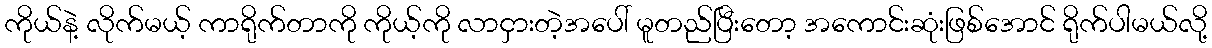
ကိုယ်နဲ့ လိုက်မယ့် ကာရိုက်တာကို ကိုယ့်ကို လာငှားတဲ့အပေါ် မူတည်ပြီးတော့ အကောင်းဆုံးဖြစ်အောင် ရိုက်ပါမယ်လို့